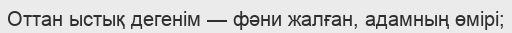
Оттан ыстық дегенім — фәни жалған, адамның өмірі;